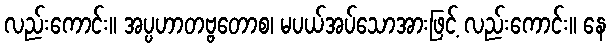
လည်းကောင်း။ အပ္ပဟာတဗ္ဗတောစ၊ မပယ်အပ်သောအားဖြင့် လည်းကောင်း။ နေ